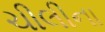
ચીલીના